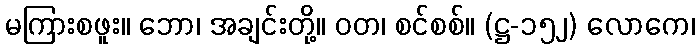
မကြားစဖူး။ ဘော၊ အချင်းတို့။ ဝတ၊ စင်စစ်။ (ဋ္ဌ-၁၅၂) လောကေ၊